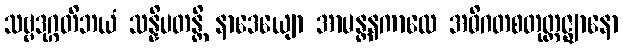
သဗ္ဗဒုဂ္ဂတိဘယံ သန္နိပတန္တိ နာဒေယျော အာမန္တနကာလေ အဓိဂတစတုတ္ထဇ္ဈာနော